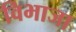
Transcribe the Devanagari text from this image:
विभाजा